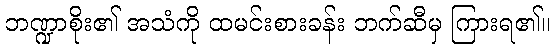
ဘဏ္ဍာစိုး၏ အသံကို ထမင်းစားခန်း ဘက်ဆီမှ ကြားရ၏။